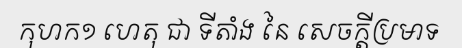
កុហក១ ហេតុ ជា ទីតាំង នៃ សេចក្តីប្រមាទ